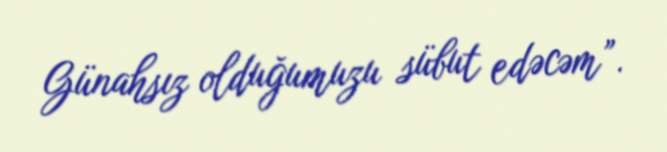
Günahsız olduğumuzu sübut edəcəm”.